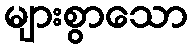
များစွာသော